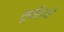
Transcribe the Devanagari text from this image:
रूपसियाँ